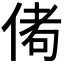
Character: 𬾭